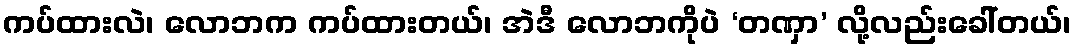
ကပ်ထားလဲ၊ လောဘက ကပ်ထားတယ်၊ အဲဒီ လောဘကိုပဲ ‘တဏှာ’ လို့လည်းခေါ်တယ်၊